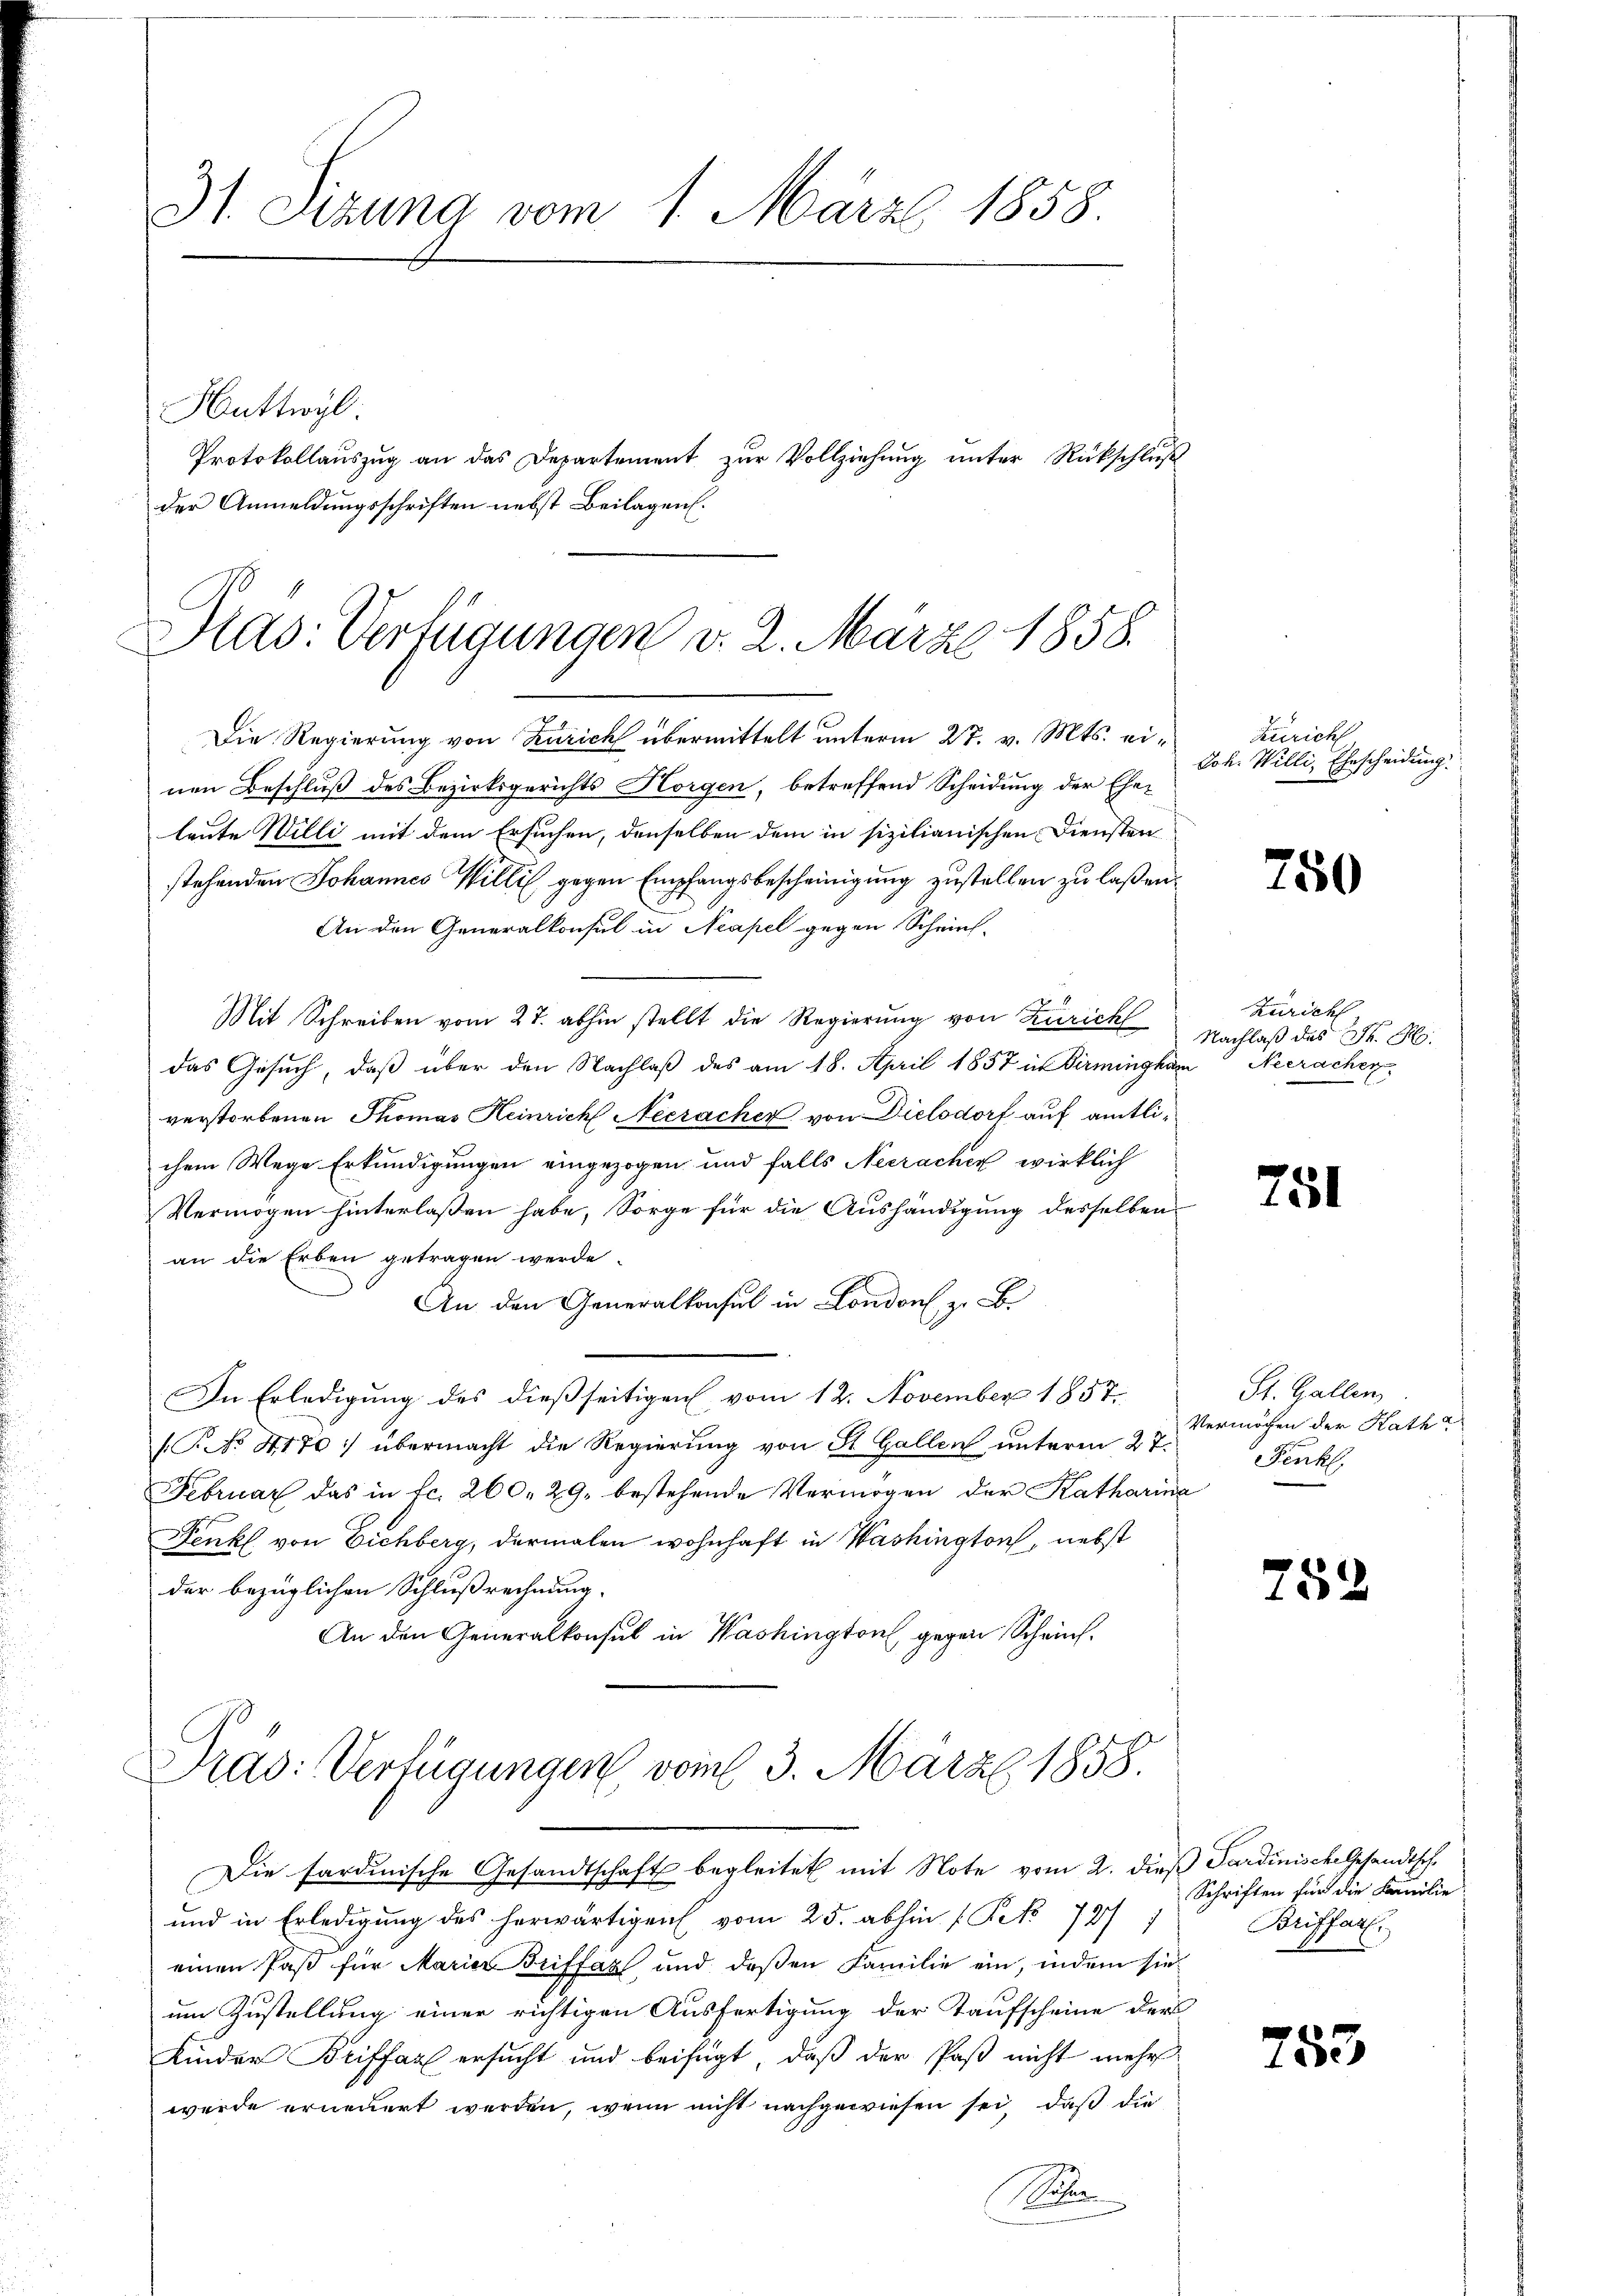
Die Regierung von Zürich übermittelt unterm 27. v. Mts. einen Beschluß des Bezirksgerichts Horgen, betreffend Scheidung der Ehe-
leute Willi mit dem Ersuchen, denselben dem in sizilianischen Diensten
stehenden Johannes Willis gegen Empfangsbescheinigung zustellen zu laßen.
An den Generalkonsul in Neapel gegen Schein-
Mit Schreiben vom 27. abhin stellt die Regierung von Zürich
das Gesuch, daß über den Nachlaβ des am 18. April 1857 in Dirmingkam Neeracher
verstorbenen Thomas Heinrich Neeracher von Dielsdorf auf amtlichem Wege Erkundigungen eingezogen und falls Neeracher wirklich
Vermögen hinterlaßen habe, Sorge für die Aushändigung desselben
an die Erben getragen werde.
An den Generalkonsul in London zu B
In Erledigung des dießseitigen vom 12. November 1857.
(No 4170 :/ übermacht die Regierung von St. Gallen unterm 27.
Februar das in fr. 260. 29. bestehende Vermögen der Katharina
Fenk von Eichberg, dermalen wohnhaft in Washington, nebst
der bezüglichen Schlußrechnung.
An den Generalkonsul in Washington gegen Scheint.

31. Seizung vom 1. März 1858.
Sattwyl
Protokollauszug an das Departement zur Vollziehung unter Rückschluß
der Anmeldungsschriften nebst Beilagen.

Has: Verfügungen v. 2. März 1858.

Präs: Verfügungen vom 3. März 1858.
Die sardinische Gesandtschaft begleitet mit Note vom 2. dieß Sardinische Gesandtsch

und in Erledigung des herwärtigen vom 25. abhin f Pet 727 1
einen Paß für Marier Griffaz und deßen Familie ein, indem sie
um Zustellung einer richtigen Ausfertigung der Taufscheine der
Kinder Briffahl ersucht und beifügt, daß der Paß nicht mehr
wurde erneuert werden, wenn nicht nachgewiesen sei, daß die
S

Züricht
Joh. Willi, Ehescheidung.

750

Zürich
Nachlaß des Dr. H.

751

St. Gallen.
Vermögen der Rath
Fenk,

752

Schriften für die Familie
Briffarl.

753